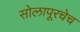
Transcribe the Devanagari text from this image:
सोलापूरचेच